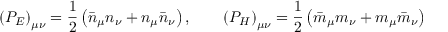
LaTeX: \left( P _ { \cal E } \right) _ { \mu \nu } = \frac { 1 } { 2 } \left( \bar { n } _ { \mu } n _ { \nu } + n _ { \mu } \bar { n } _ { \nu } \right) , \qquad \left( P _ { \cal H } \right) _ { \mu \nu } = \frac { 1 } { 2 } \left( \bar { m } _ { \mu } m _ { \nu } + m _ { \mu } \bar { m } _ { \nu } \right)